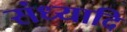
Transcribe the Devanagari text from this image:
संध्यादि